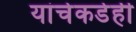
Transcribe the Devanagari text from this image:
यांचेकडेही